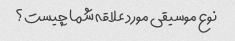
نوع موسیقی مورد علاقه شما چیست؟